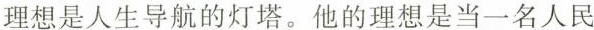
理想是人生导航的灯塔。他的理想是当一名人民